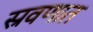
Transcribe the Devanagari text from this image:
स्रवणात